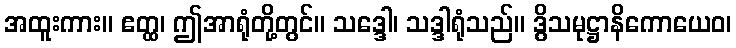
အထူးကား။ ဧတ္ထ၊ ဤအာရုံတို့တွင်။ သဒ္ဒေါ၊ သဒ္ဒါရုံသည်။ ဒွိသမုဋ္ဌာနိကောယေဝ၊